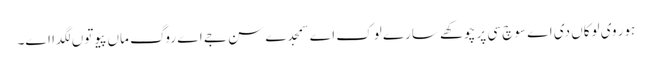
ہور وی لوکاں دی اے سوچ سی پر چوکھے سارے لوک اے سمجدے سن جے اے روگ ماں پیو توں لگدا اے۔